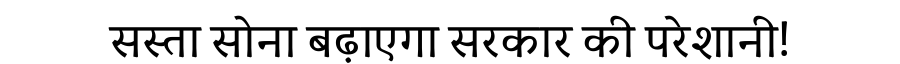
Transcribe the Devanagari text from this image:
सस्ता सोना बढ़ाएगा सरकार की परेशानी!